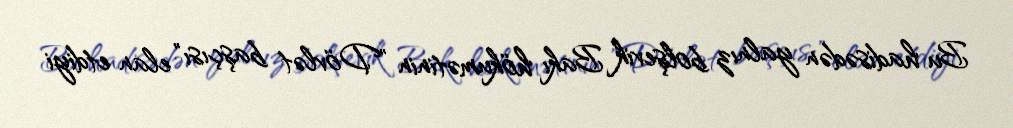
Bu hadisədən yalnız bolşevik Bakı hökumətinin "Dövlət başçısı" elan etdiyi